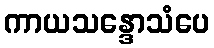
ကာယသန္ဒောသံပေ